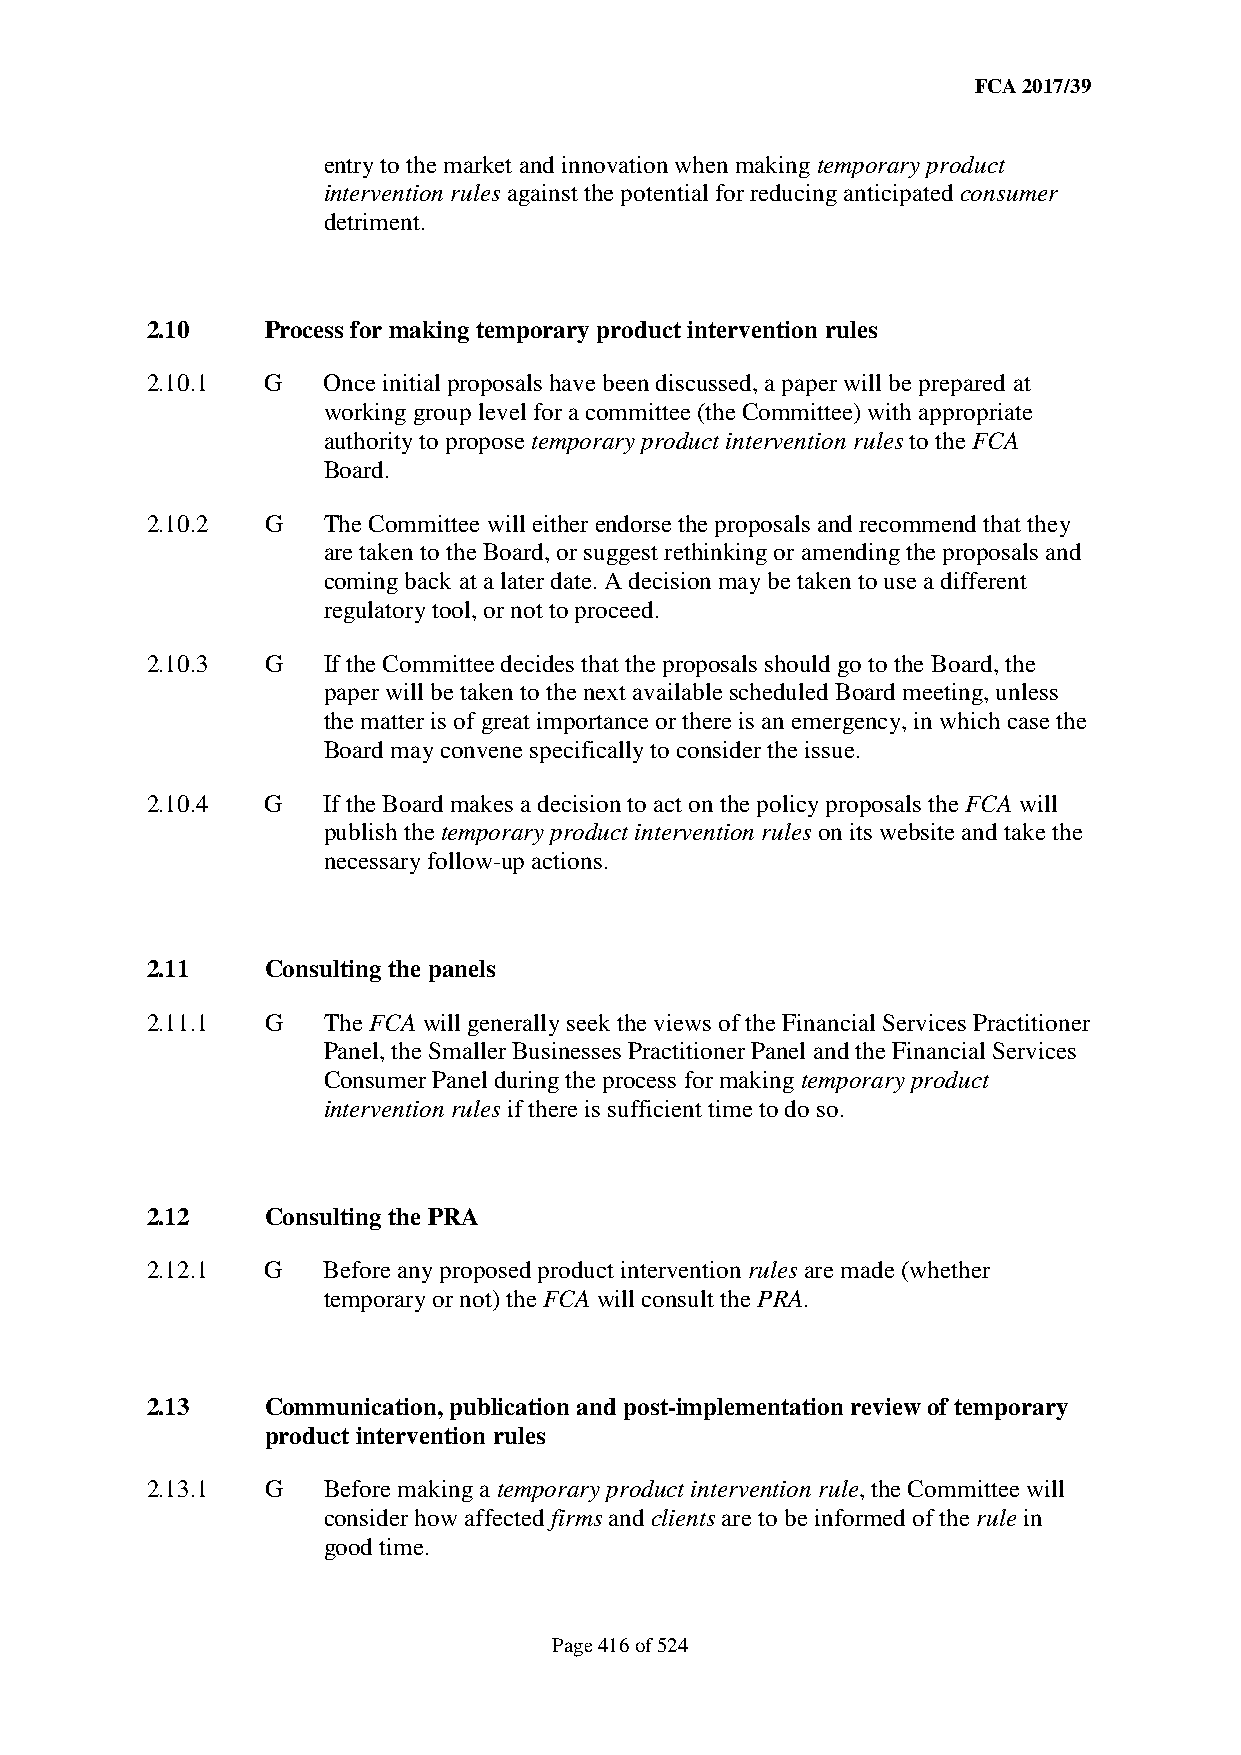
FCA 2017/39
 entry to the market and innovation when making temporary product
 intervention rules against the potential for reducing anticipated consumer
 detriment.
 2.10    Process for making temporary product intervention rules
 2.10.1  G  Once initial proposals have been discussed, a paper will be prepared at
 working group level for a committee (the Committee) with appropriate
 authority to propose temporary product intervention rules to the FCA
 Board.
 2.10.2  G  The Committee will either endorse the proposals and recommend that they
 are taken to the Board, or suggest rethinking or amending the proposals and
 coming back at a later date. A decision may be taken to use a different
 regulatory tool, or not to proceed.
 2.10.3  G  If the Committee decides that the proposals should go to the Board, the
 paper will be taken to the next available scheduled Board meeting, unless
 the matter is of great importance or there is an emergency, in which case the
 Board may convene specifically to consider the issue.
 2.10.4  G  If the Board makes a decision to act on the policy proposals the FCA will
 publish the temporary product intervention rules on its website and take the
 necessary follow-up actions.
 2.11    Consulting the panels
 2.11.1  G  The FCA will generally seek the views of the Financial Services Practitioner
 Panel, the Smaller Businesses Practitioner Panel and the Financial Services
 Consumer Panel during the process for making temporary product
 intervention rules if there is sufficient time to do so.
 2.12    Consulting the PRA
 2.12.1  G  Before any proposed product intervention rules are made (whether
 temporary or not) the FCA will consult the PRA.
 2.13    Communication, publication and post-implementation review of temporary
 product intervention rules
 2.13.1  G  Before making a temporary product intervention rule, the Committee will
 consider how affected firms and clients are to be informed of the rule in
 good time.
 Page 416 of 524